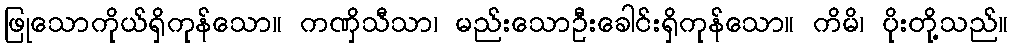
ဖြုသောကိုယ်ရှိကုန်သော။ ကဏှိသီသာ၊ မည်းသောဦးခေါင်းရှိကုန်သော။ ကိမိ၊ ပိုးတို့သည်။